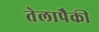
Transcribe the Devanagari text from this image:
तेलापैकी